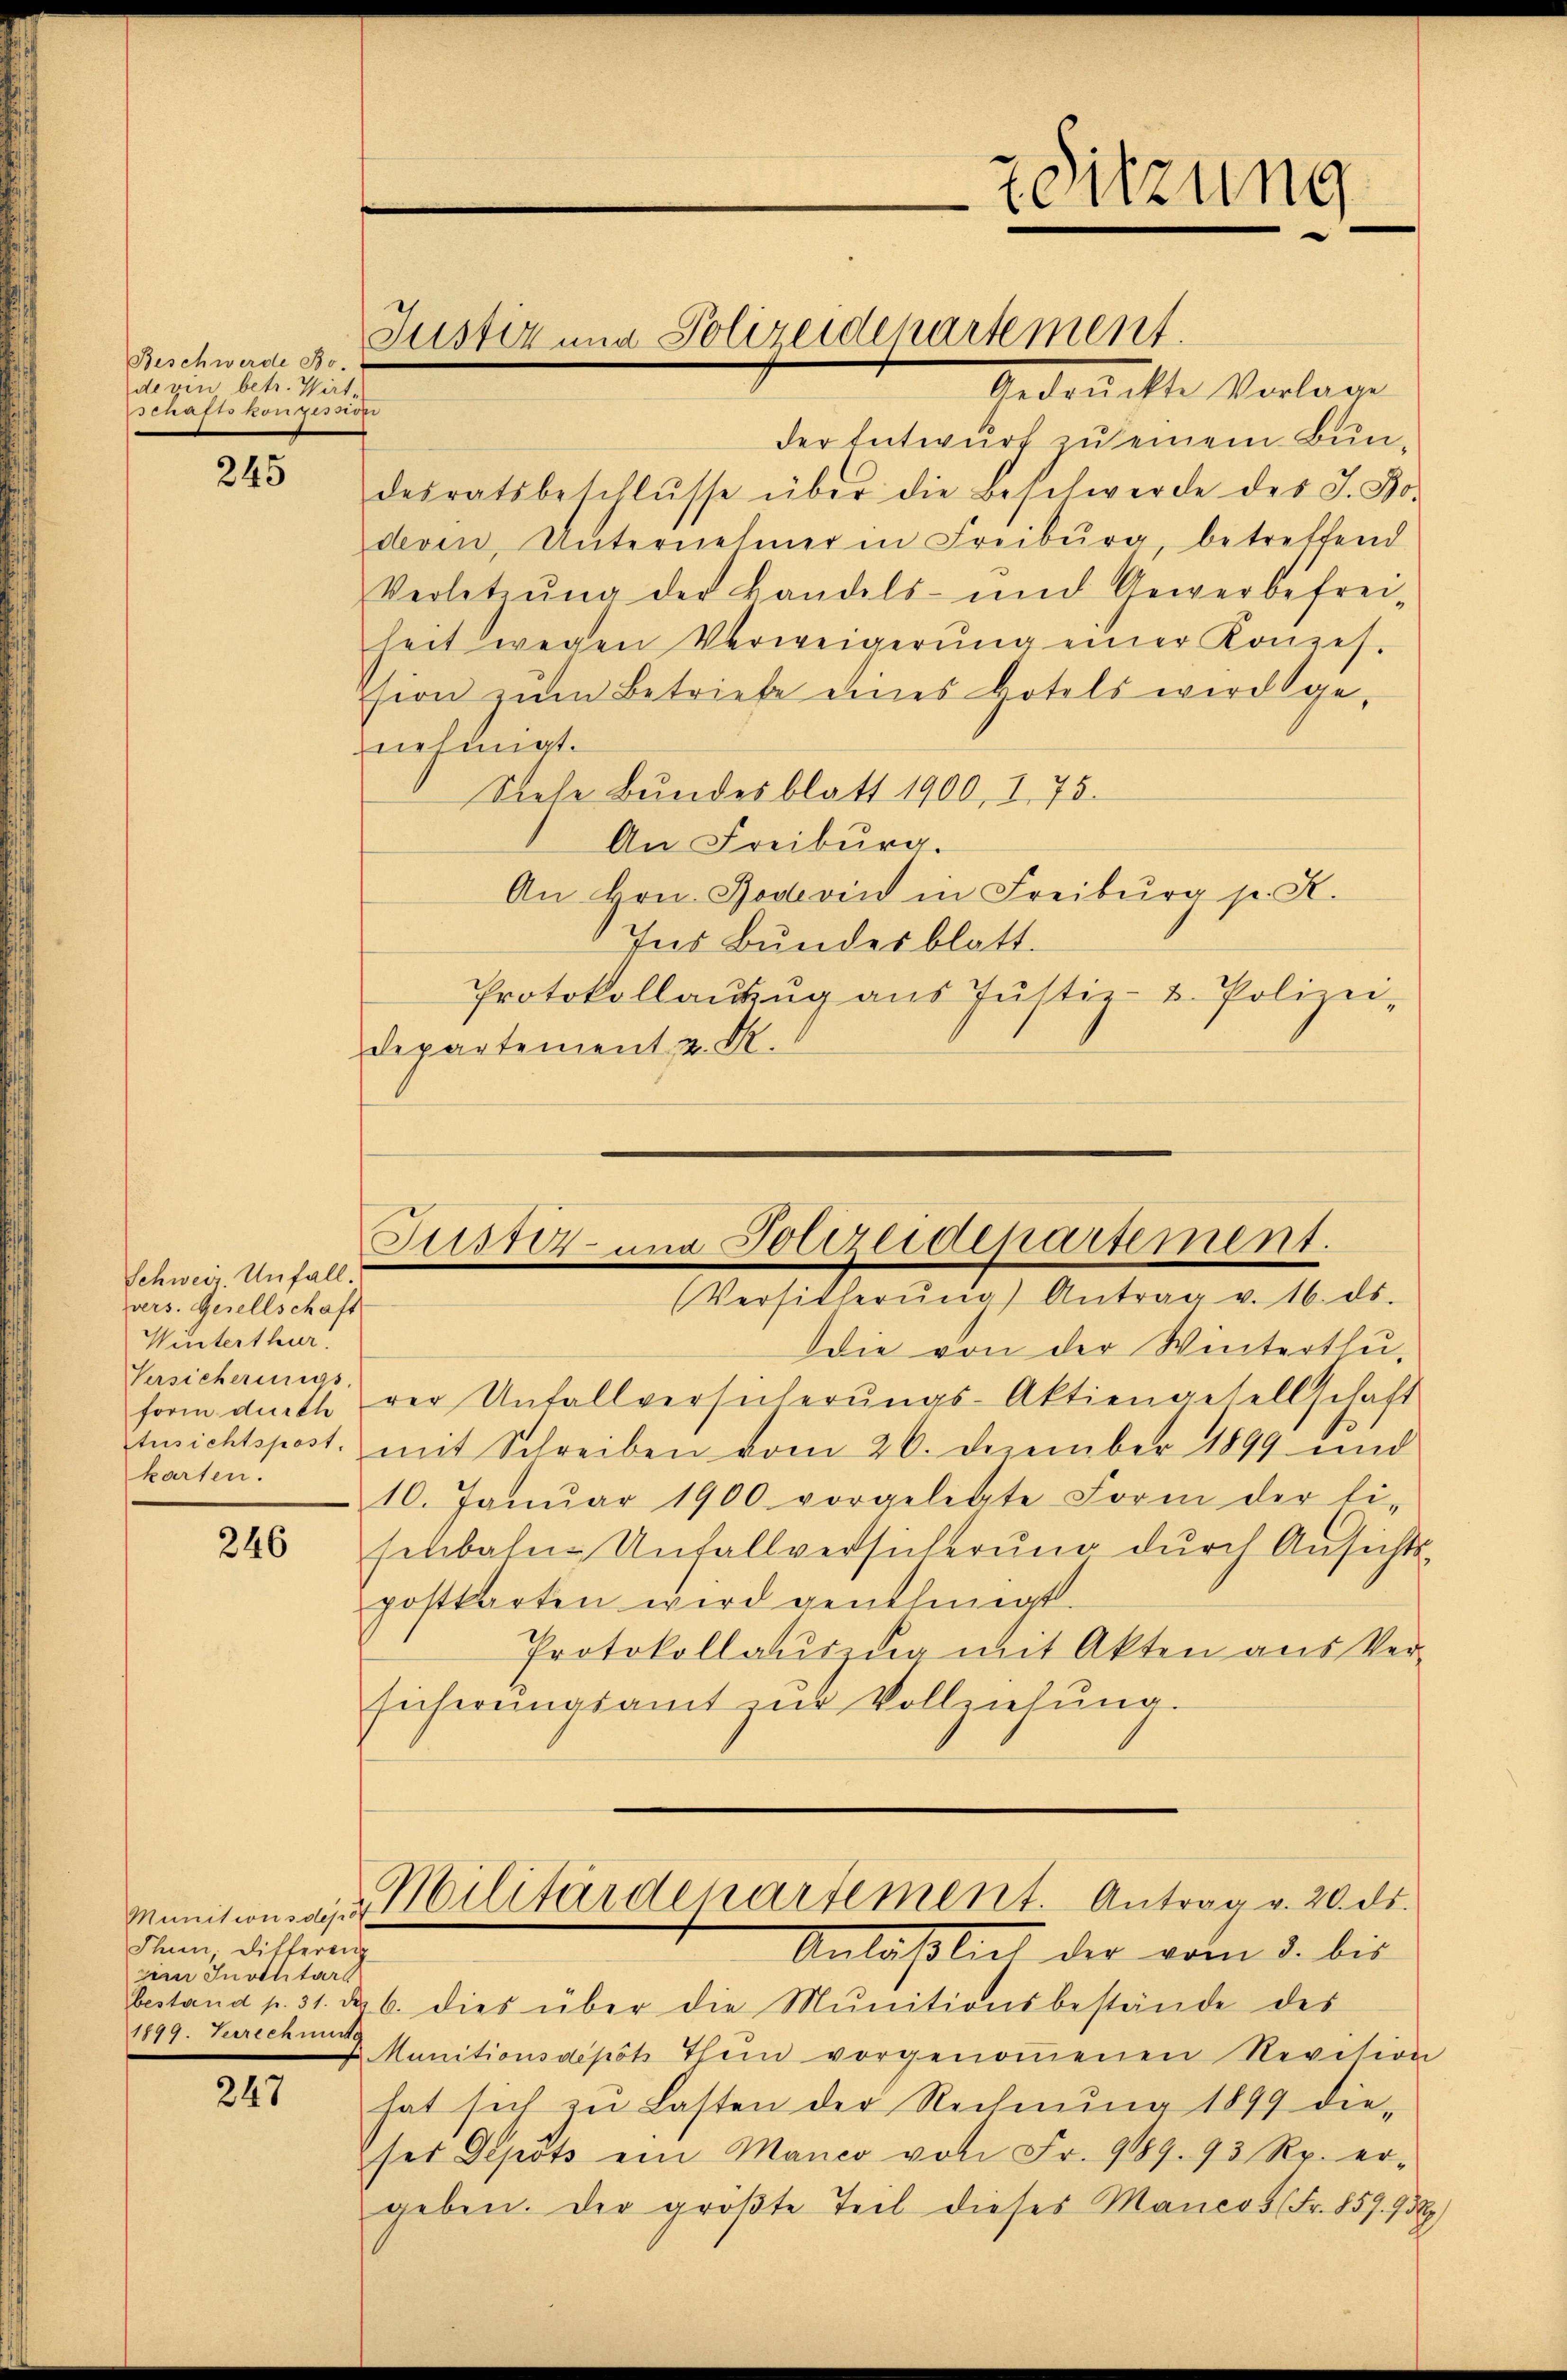
Beschwerde Bo-
derin betr. Wirt-
schaftskonzession

245

Schweiz. Unfall.
vers. Gesellschaft
Winterthur.
Versicherungs-
form durch
karten.

246

Munitionsdepo
Thuen, Ditterenz
zim Inothtars
1899. Verrechnung

247

der Entwurf zu einem Bundesratsbeschlŭsse über die Beschwerde des J. Bor
devin, Unternehmer in Freiburg, betreffend
Verletzŭng der Handels- und Gewerbefrei-
heit wegen Verweigerŭng einer Konzes.
ssion zŭm Betriebe eines Botels werdegenehmigt.
Siehe Bundesblatt 1900, I. 75.
An Freiburg.
An Hrn. Rodevin in Freiburg p. R.
Ins Bundesblatt.
Protokollaŭzŭg aŭs Jŭstiz- u. Polizei-
Departement z. R.

Justiz und Polizeidenartement.
bedrückte Vorlage

Sitzung

Justiz- und Polizeidepartement.
(Versicherŭng Antrag v. 16. ds.

die von der Winterthu-
rer Unfallversicherŭngs-Aktiengesellschaft
Ansichtspost. mit Schreiben vom 26. Dezember 1899 und
10. Janŭar 1900 vorgelegte Form der li-
senbahne Unfallversicherung dŭrch Ansichts-
postkarten wird genehmigt.
Protokollaŭszŭg mit Akten aus Ver-
sicherŭngsamt zŭr Vollziehŭng.

Militärdepartement. Antrag v. 20. ds.

Anläßlich der vom 3. bis
bestand p. 31. d. 6. dies über die Munitionsbestände des
 Munitionsdepot thun vorgenoṁenen Revision
hat sich zu Lasten der Rechnŭng 1899 die-
ses Depots ein Manco von Fr. 989. 95 Rp. er-
geben. Der größte Teil dieses Mancos (Fr. 859. 75)